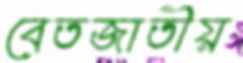
বেতজাতীয়